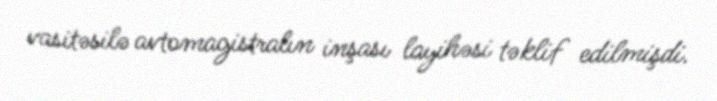
vasitəsilə avtomagistralın inşası layihəsi təklif edilmişdi.